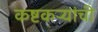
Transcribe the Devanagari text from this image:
कष्टकऱ्यांची